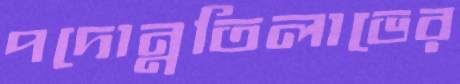
পদোন্নতিলাভের